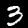
Label: 3